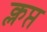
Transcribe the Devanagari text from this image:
क्लप्त